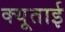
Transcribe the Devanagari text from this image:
क्यूताई